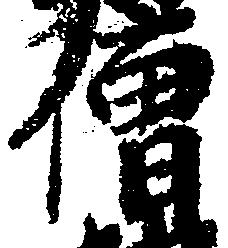
僧